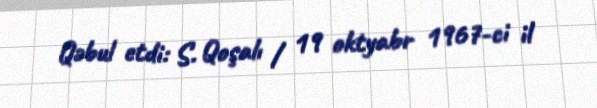
Qəbul etdi: S. Qoşalı / 19 oktyabr 1967-ci il